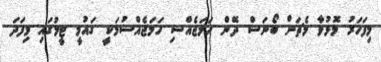
މިފަހަރު މޮޅުވާ މެޗަށް ބޯނަސް ދޭން ހަމަޖެއްސި ހަމަޖެއްސުމަކީ ގައުމީ ޓީމުގައި މިފަދަ